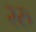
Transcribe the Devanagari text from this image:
२रु